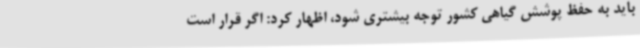
باید به حفظ پوشش گیاهی کشور توجه بیشتری شود، اظهار کرد: اگر قرار است